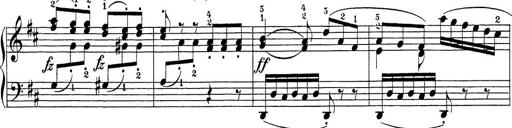
Title: Sonatina Album
Composer: Louis KÃ¶hler